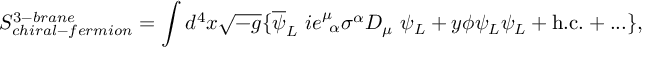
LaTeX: S _ { c h i r a l - f e r m i o n } ^ { 3 - b r a n e } = \int d ^ { 4 } x \sqrt { - g } \{ \overline { { { \psi } } } _ { L } ~ i e _ { ~ \alpha } ^ { \mu } \sigma ^ { \alpha } D _ { \mu } ~ \psi _ { L } + y \phi \psi _ { L } \psi _ { L } + \mathrm { h . c . } + . . . \} ,